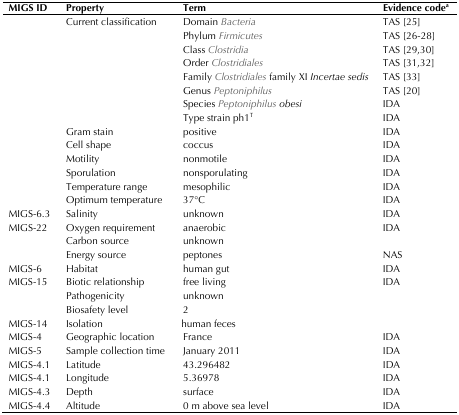
<table><thead><tr><td><b>MIGS ID</b></td><td><b>Property</b></td><td><b>Term</b></td><td><b>Evidence code<sup>a</sup></b></td></tr></thead><tbody><tr><td></td><td>Current classification</td><td>Domain <i>Bacteria</i></td><td>TAS [25]</td></tr><tr><td></td><td></td><td>Phylum <i>Firmicutes</i></td><td>TAS [26-28]</td></tr><tr><td></td><td></td><td>Class <i>Clostridia</i></td><td>TAS [29,30]</td></tr><tr><td></td><td></td><td>Order <i>Clostridiales</i></td><td>TAS [31,32]</td></tr><tr><td></td><td></td><td>Family <i>Clostridiales</i> family XI <i>Incertae sedis</i></td><td>TAS [33]</td></tr><tr><td></td><td></td><td>Genus <i>Peptoniphilus</i></td><td>TAS [20]</td></tr><tr><td></td><td></td><td>Species <i>Peptoniphilus obesi</i></td><td>IDA</td></tr><tr><td></td><td></td><td>Type strain ph1<sup>T</sup></td><td>IDA</td></tr><tr><td></td><td>Gram stain</td><td>positive</td><td>IDA</td></tr><tr><td></td><td>Cell shape</td><td>coccus</td><td>IDA</td></tr><tr><td></td><td>Motility</td><td>nonmotile</td><td>IDA</td></tr><tr><td></td><td>Sporulation</td><td>nonsporulating</td><td>IDA</td></tr><tr><td></td><td>Temperature range</td><td>mesophilic</td><td>IDA</td></tr><tr><td></td><td>Optimum temperature</td><td>37°C</td><td>IDA</td></tr><tr><td>MIGS-6.3</td><td>Salinity</td><td>unknown</td><td>IDA</td></tr><tr><td>MIGS-22</td><td>Oxygen requirement</td><td>anaerobic</td><td>IDA</td></tr><tr><td></td><td>Carbon source</td><td>unknown</td><td></td></tr><tr><td></td><td>Energy source</td><td>peptones</td><td>NAS</td></tr><tr><td>MIGS-6</td><td>Habitat</td><td>human gut</td><td>IDA</td></tr><tr><td>MIGS-15</td><td>Biotic relationship</td><td>free living</td><td>IDA</td></tr><tr><td>MIGS-14</td><td>PathogenicityBiosafety levelIsolation</td><td>unknown2human feces</td><td></td></tr><tr><td>MIGS-4</td><td>Geographic location</td><td>France</td><td>IDA</td></tr><tr><td>MIGS-5</td><td>Sample collection time</td><td>January 2011</td><td>IDA</td></tr><tr><td>MIGS-4.1</td><td>Latitude</td><td>43.296482</td><td>IDA</td></tr><tr><td>MIGS-4.1</td><td>Longitude</td><td>5.36978</td><td>IDA</td></tr><tr><td>MIGS-4.3</td><td>Depth</td><td>surface</td><td>IDA</td></tr><tr><td>MIGS-4.4</td><td>Altitude</td><td>0 m above sea level</td><td>IDA</td></tr></tbody></table>